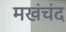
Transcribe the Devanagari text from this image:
मखंचंद